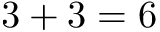
3 + 3 = 6